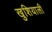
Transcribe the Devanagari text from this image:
खुशियाली